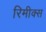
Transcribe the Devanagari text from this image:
रिमीक्स